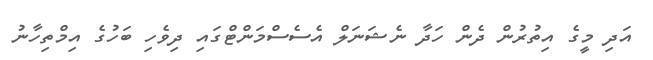
އަދި މީގެ އިތުރުން ދެން ހަދާ ނެޝަނަލް އެސެސްމަންޓްގައި ދިވެހި ބަހުގެ އިމްތިހާނު